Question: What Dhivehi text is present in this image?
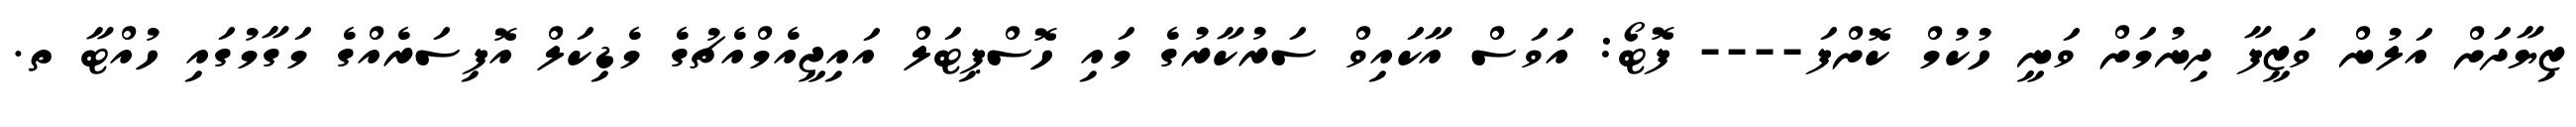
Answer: ޒިޔާދަށް އަލުން ވަޒީފާ ދިނުމަށް ވަނީ ހުކުމް ކޮށްފަ---- ފޮޓޯ: އަވަސް އާކައިވް ސަރުކާރުގެ މައި ހޮސްޕިޓަލް އައިޖީއެމްއެޗުގެ މެޑިކަލް އޮފިސަރެއްގެ މަގާމުގައި ހުއްޓާ ތ.